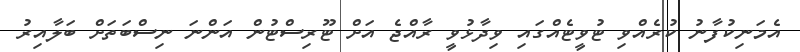
އެމަނިކުފާނު ކުރެއްވި ޓުވީޓެއްގައި ވިދާޅުވީ ރާއްޖެ އަށް ޓޫރިސްޓުން އަންނަ ނިސްބަތަށް ބަލާއިރު